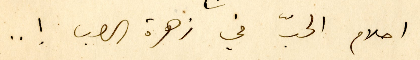
احلام الحبّ في زهرة الصبا ! ..